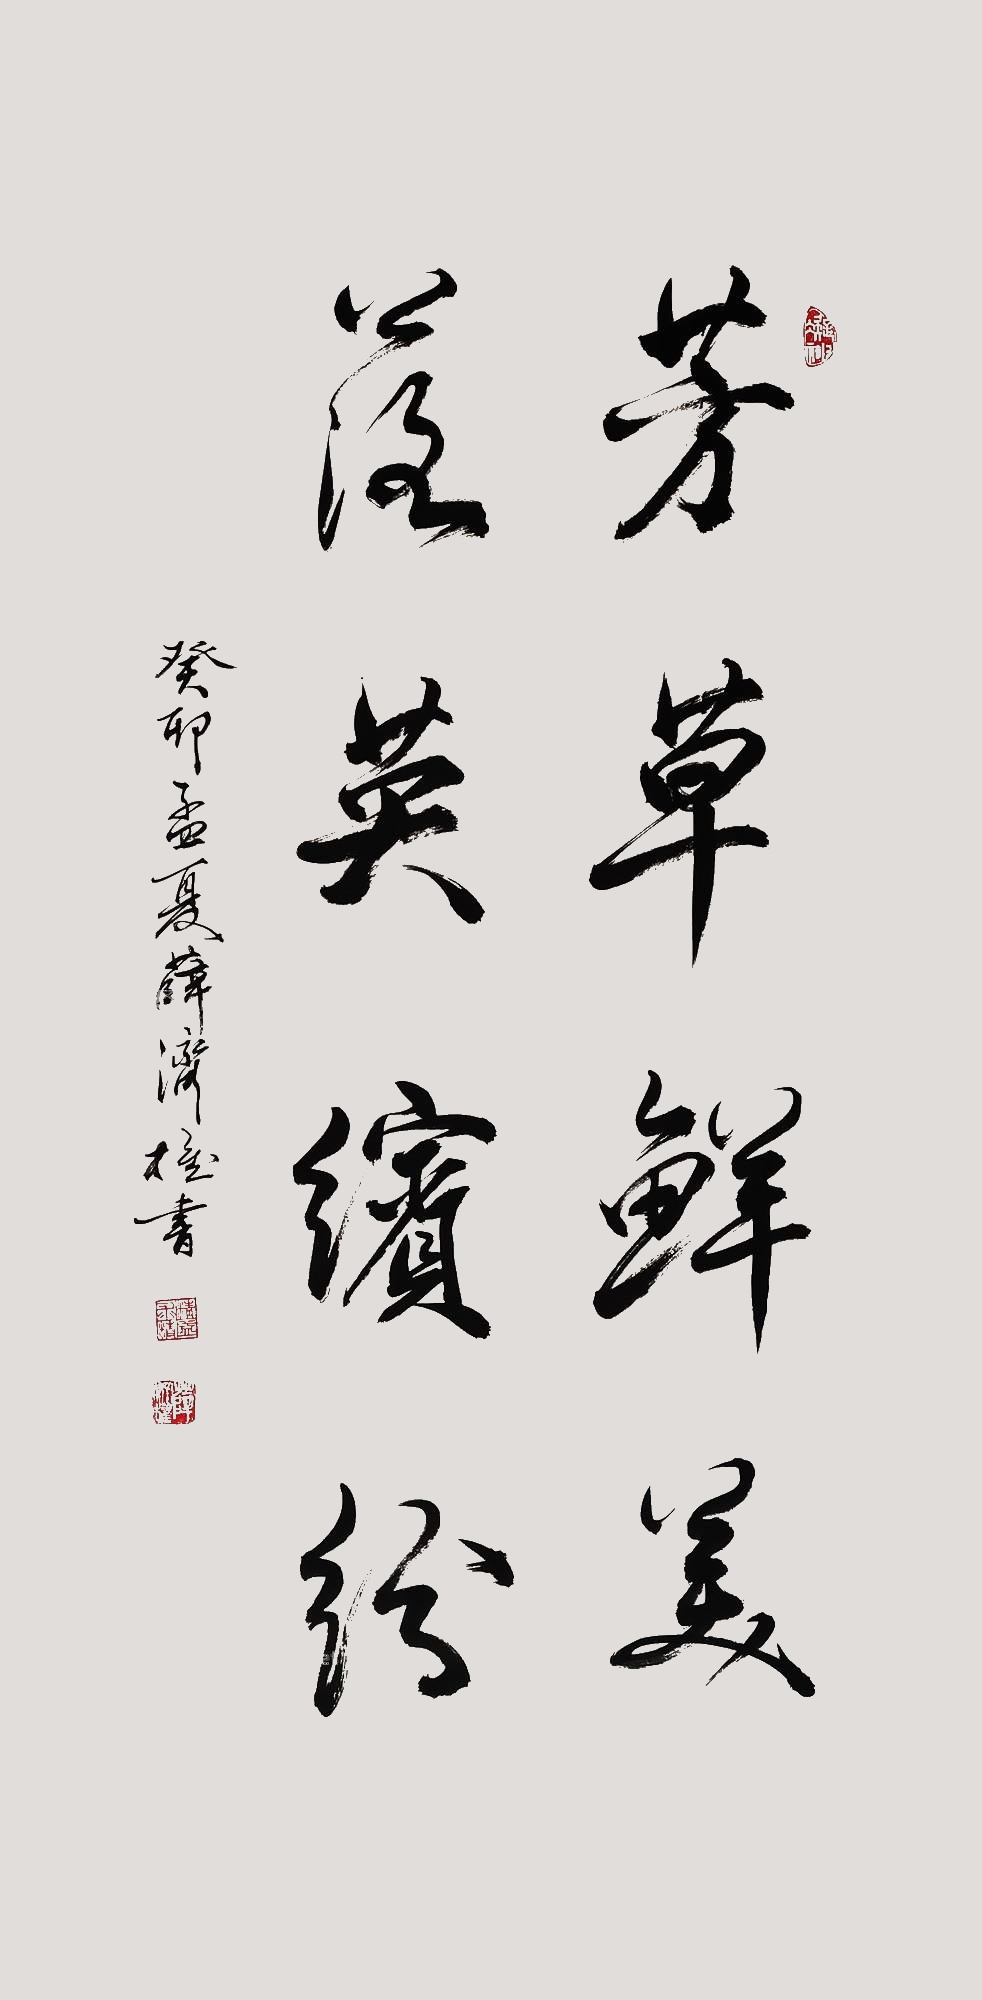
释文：芳草鲜美落英缤纷癸卯孟夏薛济权书